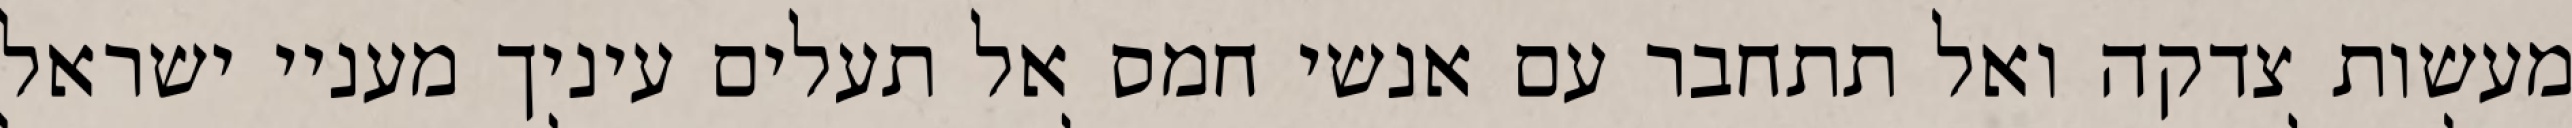
מעשות צדקה ואל תתחבר עם אנשי חמס אל תעלים עיניך מעניי ישראל